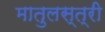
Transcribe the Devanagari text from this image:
मातुलस्त्री